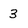
Character: 3